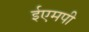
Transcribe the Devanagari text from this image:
ईएमपी